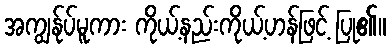
အကျွန်ုပ်မူကား ကိုယ့်နည်းကိုယ့်ဟန်ဖြင့် ပြု၏။